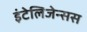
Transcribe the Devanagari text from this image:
इंटेलिजेन्सस